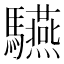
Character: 驠